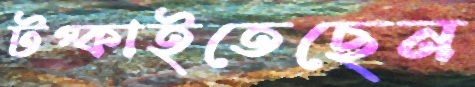
টপ্‌কাইতেছেন